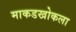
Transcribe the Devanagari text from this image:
माकडखोकला